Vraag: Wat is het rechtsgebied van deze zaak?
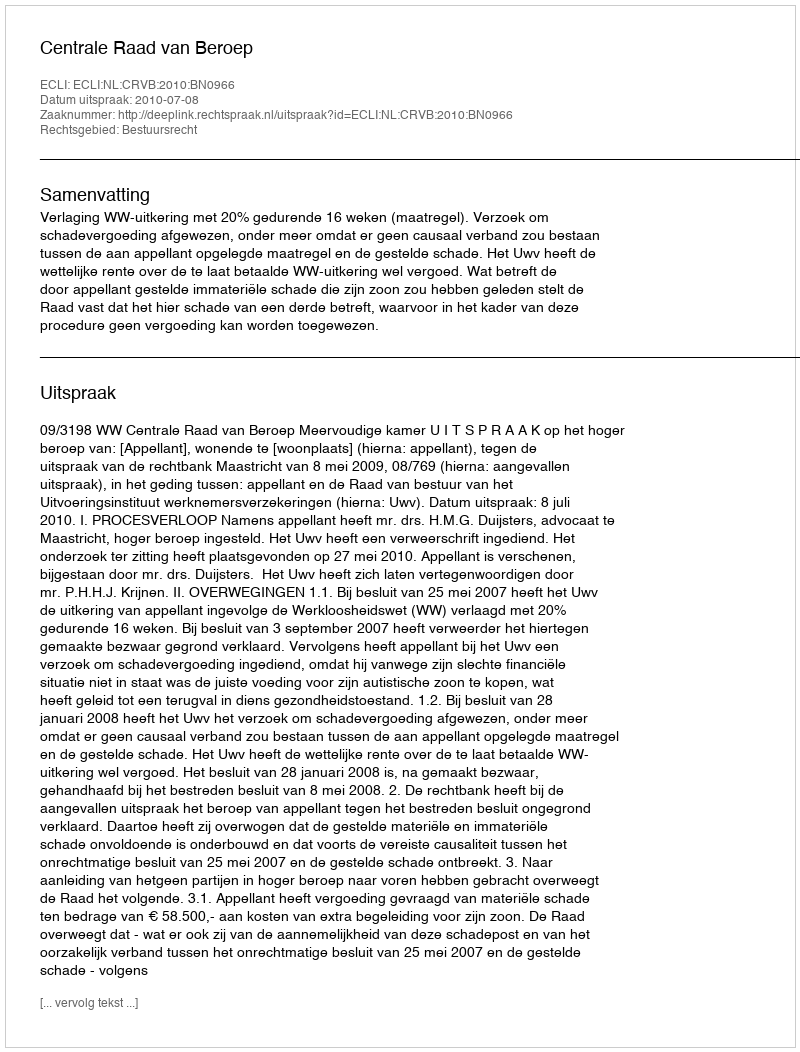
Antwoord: Bestuursrecht